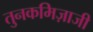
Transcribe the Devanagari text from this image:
तुनकमिज़ाजी